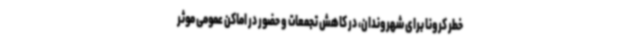
خطر کرونا برای شهروندان، در کاهش تجمعات و حضور در اماکن عمومی موثر